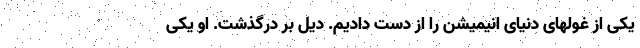
یکی از غولهای دنیای انیمیشن را از دست دادیم. دیل بر درگذشت. او یکی